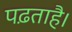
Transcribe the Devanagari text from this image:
पढ़ताहै।